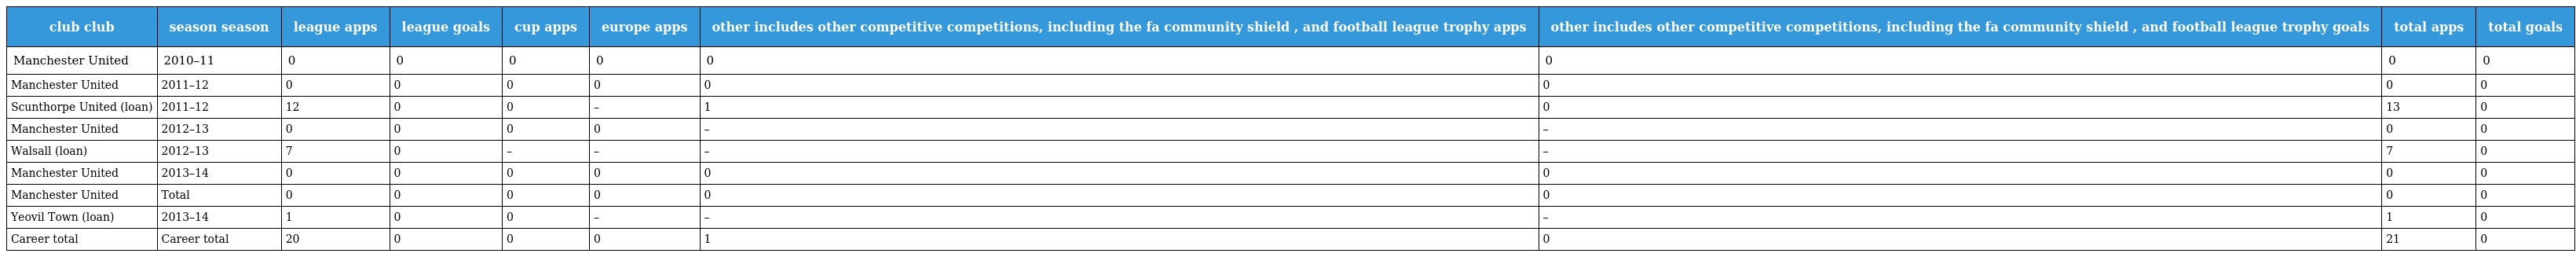
| club club | season season | league apps | league goals | cup apps | europe apps | other includes other competitive competitions, including the fa community shield , and football league trophy apps | other includes other competitive competitions, including the fa community shield , and football league trophy goals | total apps | total goals |
 | --- | --- | --- | --- | --- | --- | --- | --- | --- | --- |
 | Manchester United | 2010–11 | 0 | 0 | 0 | 0 | 0 | 0 | 0 | 0 |
 | Manchester United | 2011–12 | 0 | 0 | 0 | 0 | 0 | 0 | 0 | 0 |
 | Scunthorpe United (loan) | 2011–12 | 12 | 0 | 0 | – | 1 | 0 | 13 | 0 |
 | Manchester United | 2012–13 | 0 | 0 | 0 | 0 | – | – | 0 | 0 |
 | Walsall (loan) | 2012–13 | 7 | 0 | – | – | – | – | 7 | 0 |
 | Manchester United | 2013–14 | 0 | 0 | 0 | 0 | 0 | 0 | 0 | 0 |
 | Manchester United | Total | 0 | 0 | 0 | 0 | 0 | 0 | 0 | 0 |
 | Yeovil Town (loan) | 2013–14 | 1 | 0 | 0 | – | – | – | 1 | 0 |
 | Career total | Career total | 20 | 0 | 0 | 0 | 1 | 0 | 21 | 0 |